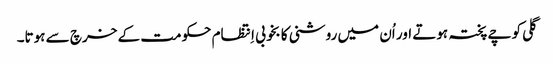
گلی کوچے پختہ ہوتے اور اُن میں روشنی کا بخوبی اِنتظام حکومت کے خرچ سے ہوتا۔